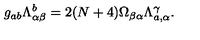
g _ { a b } \Lambda _ { \alpha \beta } ^ { b } = 2 ( N + 4 ) \Omega _ { \beta \alpha } \Lambda _ { a , \alpha } ^ { \gamma } .